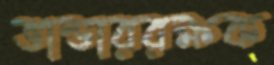
ভান্ডাররক্ষক